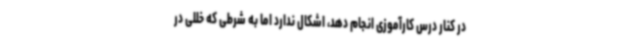
در کنار درس کارآموزی انجام دهد، اشکال ندارد اما به شرطی که خللی در